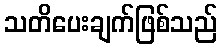
သတိပေးချက်ဖြစ်သည်